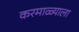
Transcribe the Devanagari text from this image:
करमाळ्याला